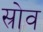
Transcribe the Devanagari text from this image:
स्रोव